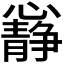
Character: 𭟝